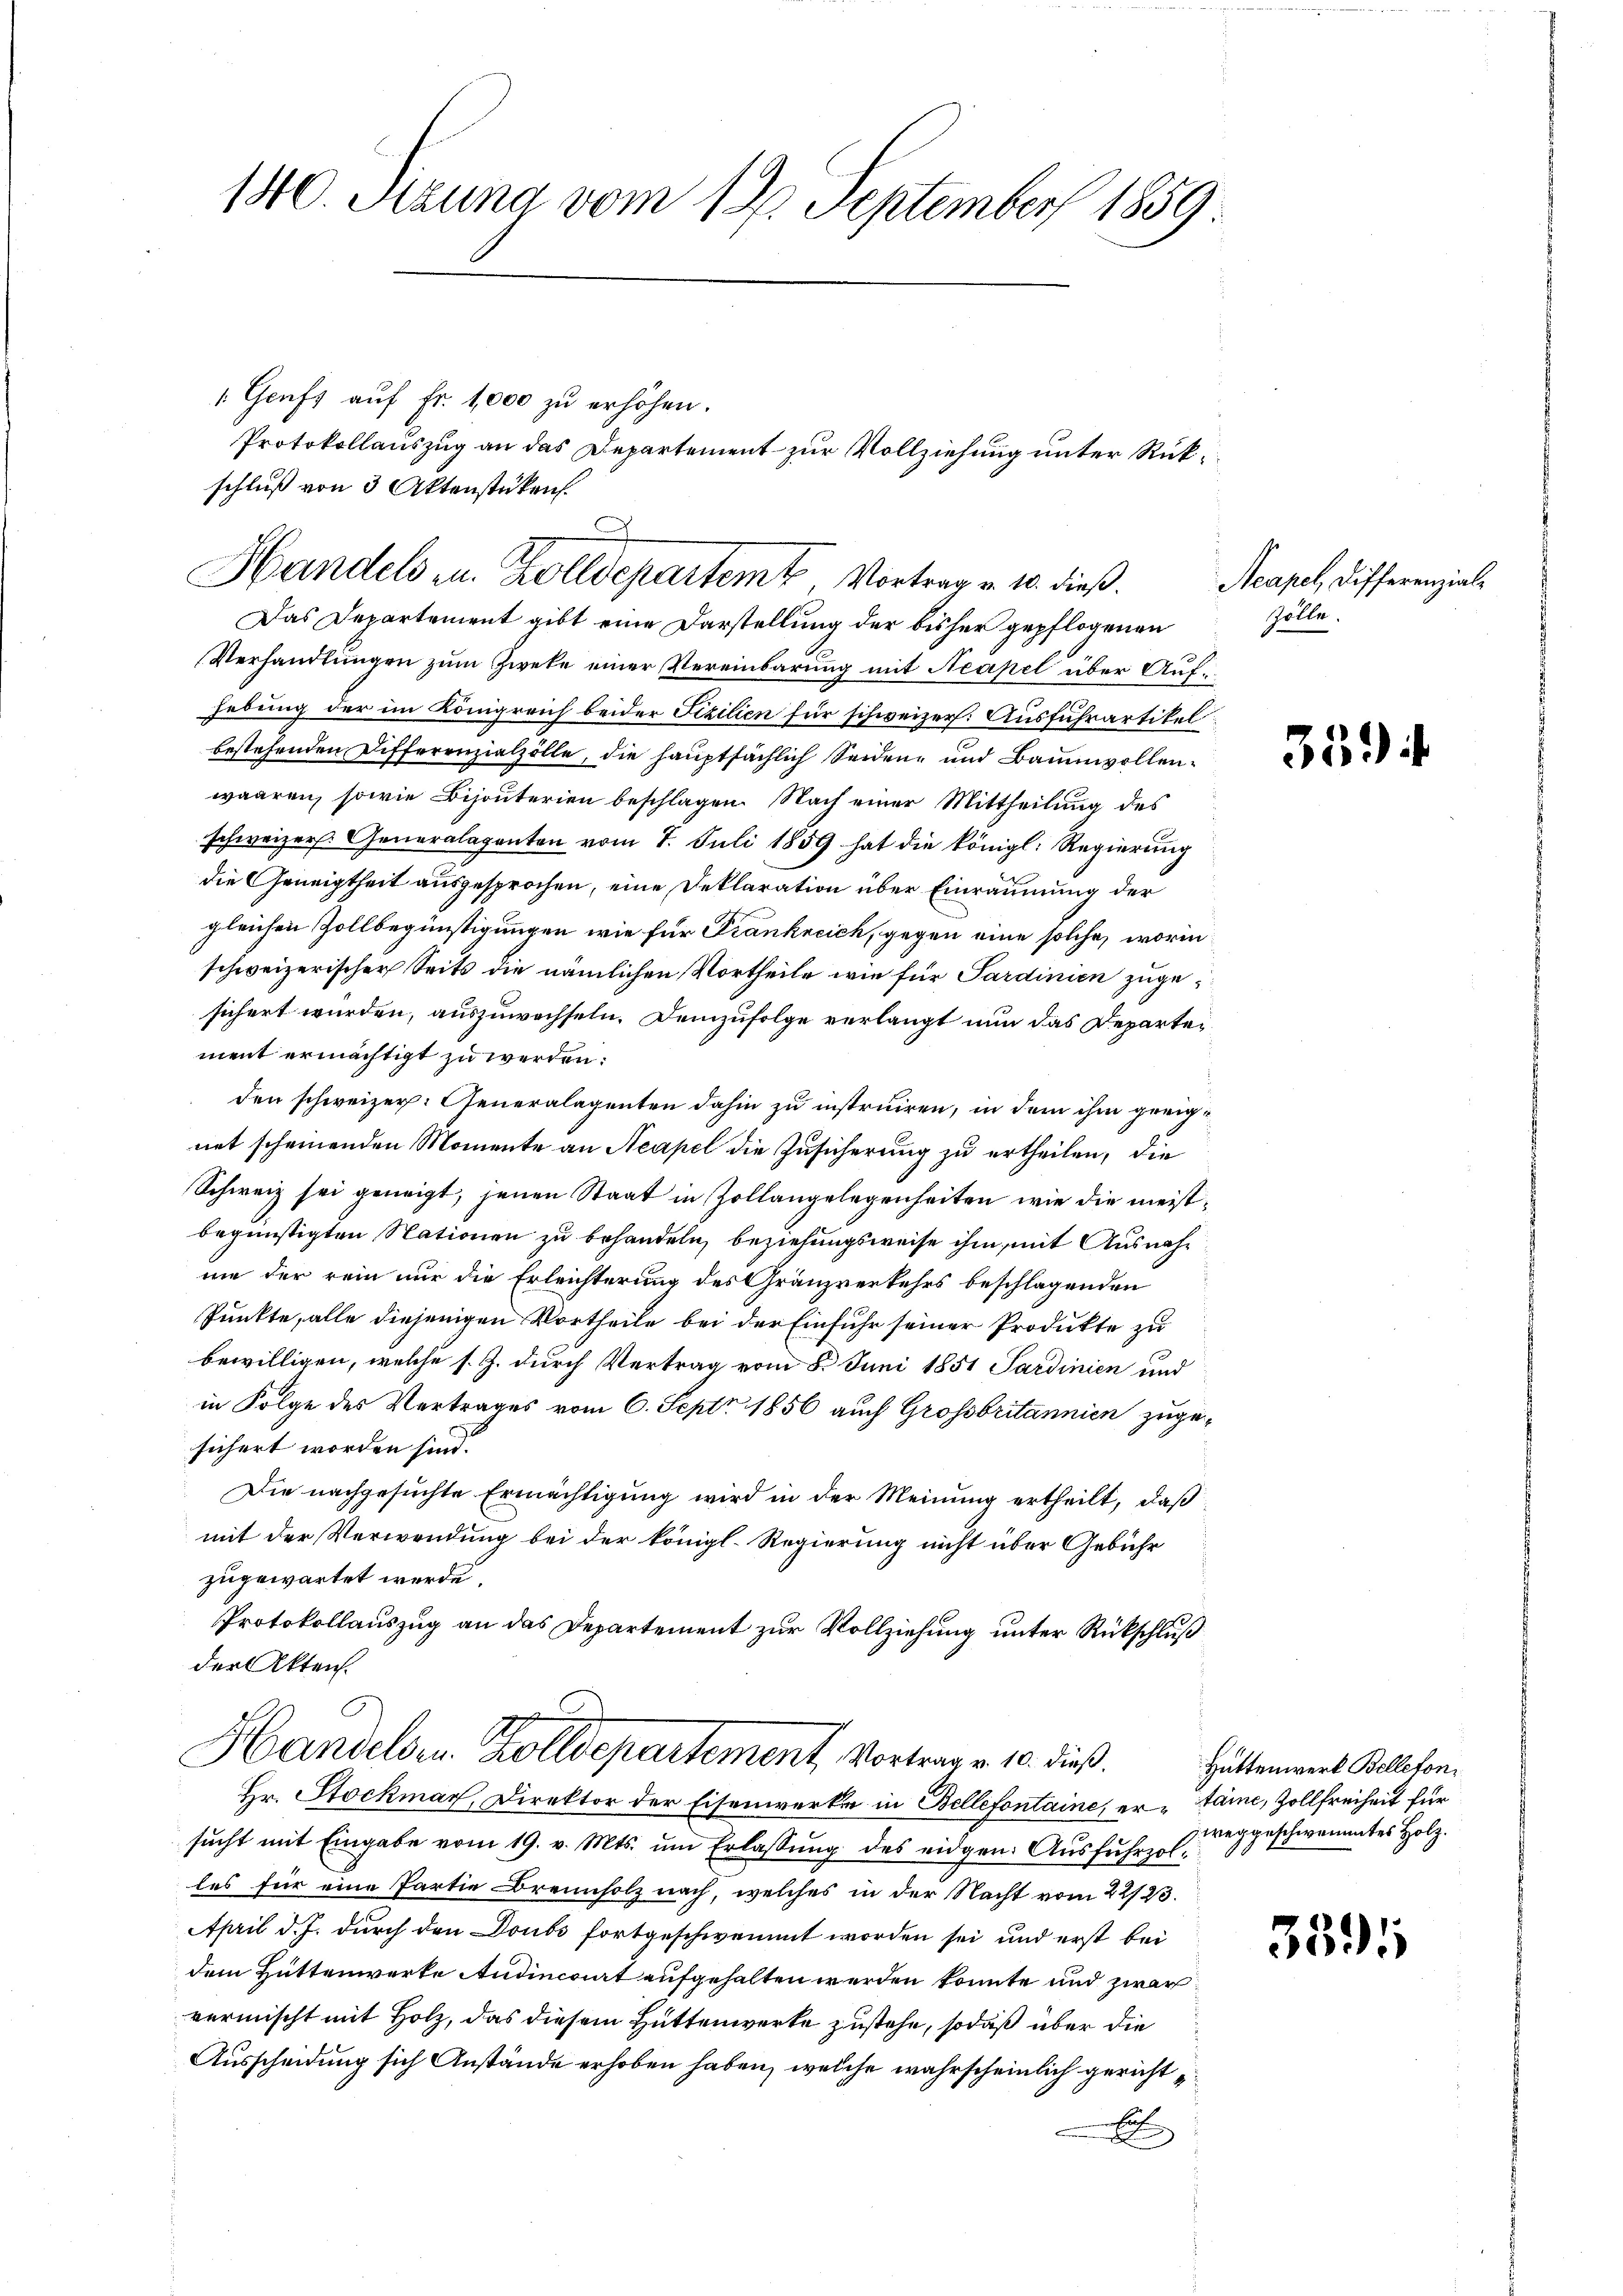
180. Sizung vom 19. September 1859.

" Genf aŭf fr. 1,000 zŭ erhöhen.
schluß von 3 Aktenstücken.

Protokollauszug an das Departement zur Vollziehung unter Rück¬

Das Departement gibt eine Darstellung der bisher gepflogenen
Verhandlungen zum Zweke einer Vereinbarung mit Neapel über Aufhebung der im Königreich beider Fizilien für schweizer. Ausfuhrartikel
bestehenden Differenzialzolle, die hauptsächlich Seidenz und Baumwollenwaaren, sowie Bijouterien beschlagen. Nach einer Mittheilung des
schweizer. Generalaganten vom 7. Juli 1859 hat die königl. Regierung
die Geneigtheit ausgesprochen, eine Deklaration über Einräumung der
gleichen Zollbegünstigungen wie für Frankreich, gegen eine solche, worin
schweizerischer Seits die nämlichen Vortheile wie für Sardinien zugesichert wurden, auszuwechseln. Demzufolge verlangt nun das Departei
ment ermächtigt zu werden:
den schweizer. Generalagenten dahin zu instruiren, in dem ihm geeignet scheinenden Momente an Neapel die Zusicherung zu ertheilen, die
Schweiz sei geneigt, jenen Staat in Zollangelegenheiten, wie die meistbegünstigten Stationen zu behandeln, beziehungsweise ihm mit Ausnahnie der rein nur die Erleichterung des Gränzverkehrs beschlagenden
Punkte, alle diejenigen Vortheile bei der Einfuhr seiner Produkte zu
bewilligen, welche s. Z. durch Vertrag vom 8. Juni 1851 Sardinien und
in Folge des Vertrages vom 6. Sept. 1856 auch Grossbritannien zuge-
sichert worden sind.
Die nachgesuchte Ermächtigung wird in der Meinung ertheilt, daß
mit der Verwendung bei der königl. Regierung nicht über Gebühr
zugewartet werde.
Protokollauszug an das Departement zur Vollziehung unter Rückschluß
der Akten.

sŭcht mit Eingabe vom 19. v. Mts. ŭm Erlassŭng des eidgen. Aŭsfŭhrzol
les für eine Partie Brennholz nach, welches in der Nacht vom 22/23.
April d. J. durch den Doubs fortgeschwemmt worden sei und erst bei
dem Hüttenwerte Andincriat aufgehalten werden könnte und zwar
vermischt mit Holz, das diesem Hüttenwerke zustehe, sodaß über die
Ausscheidung sich Anstände erhoben haben, welche wahrscheinlich gericht¬
E

J
Handels zu. Zolldepartem Vortrag v. 10. dieß.

Handelsm Zolldepartement, Vortrage 10. dieß.
Hr. Stockmar, Direktor der Eisenwerke in Bellefontaine, ertaine, Zollfreiheit für

Acapel, Differenzial¬
Zolle.

35) i

359

Hüttenwerk Belleton
zweggeschwammtes Holz.